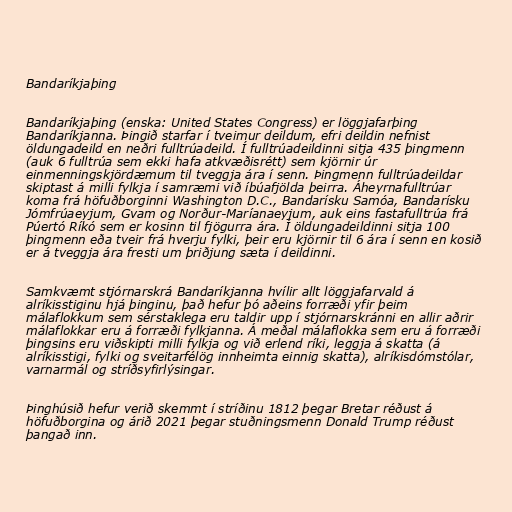
Bandaríkjaþing

Bandaríkjaþing (enska: United States Congress) er löggjafarþing
Bandaríkjanna. Þingið starfar í tveimur deildum, efri deildin nefnist
öldungadeild en neðri fulltrúadeild. Í fulltrúadeildinni sitja 435 þingmenn
(auk 6 fulltrúa sem ekki hafa atkvæðisrétt) sem kjörnir úr
einmenningskjördæmum til tveggja ára í senn. Þingmenn fulltrúadeildar
skiptast á milli fylkja í samræmi við íbúafjölda þeirra. Áheyrnafulltrúar
koma frá höfuðborginni Washington D.C., Bandarísku Samóa, Bandarísku
Jómfrúaeyjum, Gvam og Norður-Maríanaeyjum, auk eins fastafulltrúa frá
Púertó Ríkó sem er kosinn til fjögurra ára. Í öldungadeildinni sitja 100
þingmenn eða tveir frá hverju fylki, þeir eru kjörnir til 6 ára í senn en kosið
er á tveggja ára fresti um þriðjung sæta í deildinni.

Samkvæmt stjórnarskrá Bandaríkjanna hvílir allt löggjafarvald á
alríkisstiginu hjá þinginu, það hefur þó aðeins forræði yfir þeim
málaflokkum sem sérstaklega eru taldir upp í stjórnarskránni en allir aðrir
málaflokkar eru á forræði fylkjanna. Á meðal málaflokka sem eru á forræði
þingsins eru viðskipti milli fylkja og við erlend ríki, leggja á skatta (á
alríkisstigi, fylki og sveitarfélög innheimta einnig skatta), alríkisdómstólar,
varnarmál og stríðsyfirlýsingar.

Þinghúsið hefur verið skemmt í stríðinu 1812 þegar Bretar réðust á
höfuðborgina og árið 2021 þegar stuðningsmenn Donald Trump réðust
þangað inn.